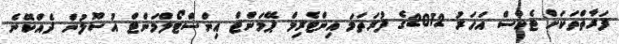
ފަރާތްތަކަށް ޓެކްސް އަހަރު 2012ގެ ފުރަތަމަ އިންޓެރިމް ޕޭމަންޓް އިންސްޓޯލްމަންޓް އުސޫލުން ދެއްކޭނެ